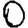
Digit: 0